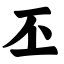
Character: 丕